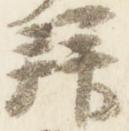
拝